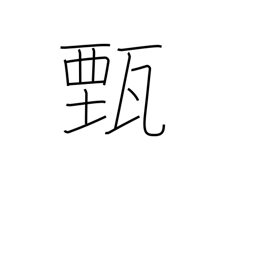
Meaning: make clear